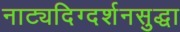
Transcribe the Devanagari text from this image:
नाट्यदिग्दर्शनसुद्धा